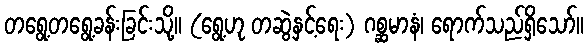
တရွေ့တရွေ့ခန်းခြင်းသို့။ (ရွေ့ဟု တဆွဲနှင့်ရေး) ဂစ္ဆမာနံ၊ ရောက်သည်ရှိသော်။